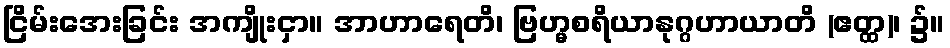
ငြိမ်းအေးခြင်း အကျိုးငှာ။ အာဟာရေတိ၊ ဗြဟ္မစရိယာနုဂ္ဂဟာယာတိ (ဧတ္ထ)၊ ၌။